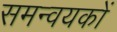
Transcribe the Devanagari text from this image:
समन्वयकों